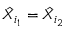
\hat { X } _ { i _ { 1 } } = \hat { X } _ { i _ { 2 } }